Annual returns of the Patna Lunatic Asylum at Bankipore in Bihar and Orissa - 1912-1924
Year: 1912
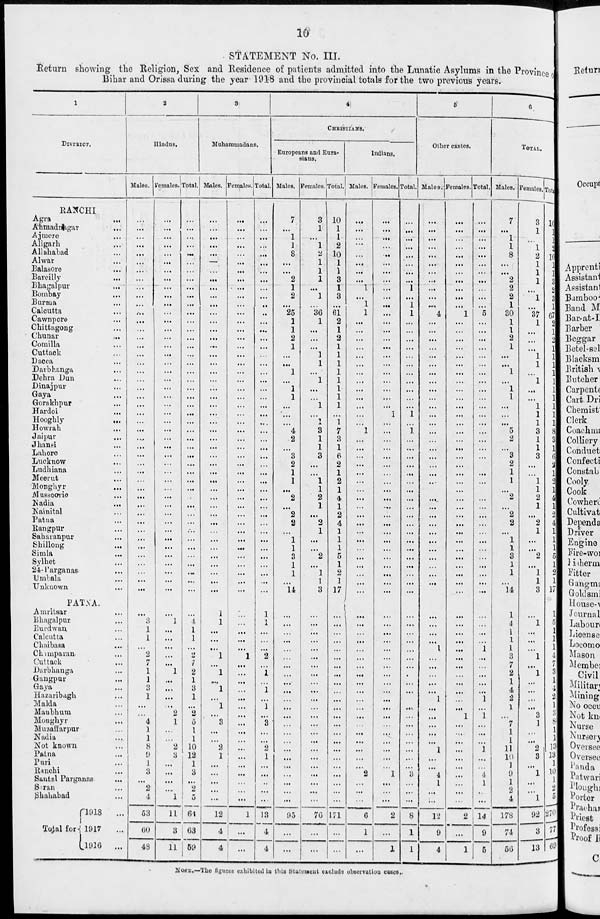
10
STATEMENT No. III.
Return showing the Religion, Sex and Residence of patients admitted into the Lunatic Asylums in the Province of
Bihar and Orissa during the year 1918 and the provincial totals for the two previous years.
1
DISTRICT.
RANCHI
Agra ...
Ahmadnagar
...
Ajmere
...
Aligarh
...
Allahabad ...
Alwar ...
Balasore ...
Bareilly ...
Bhagalpur
...
Bombay
...
Burma ...
Calcutta ...
Cawnpore ...
Chittagong ...
Chunar ...
Comilla ...
Cuttack ...
Dacca ...
Darbhanga ...
Dehra Dun ...
Dinajpur ...
Gaya ...
Gorakhpur ...
Hardoi ...
Hooghly
...
Howrah ...
Jaipur ...
Jhansi ...
Lahore ...
Lucknow ...
Ludhiana ...
Meerut ...
Monghyr ...
Mussoorie ...
Nadia ...
Nainital ...
Patna ...
Rangpur ...
Saharanpur ...
Shillong ...
Simla
...
Sylhet ...
24-Parganas ...
Umbala ...
Unknown ...
PATNA.
Amritsar ...
Bhagalpur ...
Burdwan ...
Calcutta ...
Chaibasa ...
Champaran ...
Cuttack ...
Darbhanga ...
Gangpur ...
Gaya ...
Hazaribagh ...
Malda ...
Manbhum ...
Monghyr ...
Muzaffarpur ...
Nadia ...
Not known ...
Patna ...
Puri ...
Ranchi ...
Santal Parganas ...
Saran ...
Shahabad ...
Total for
1918 ...
1917 ...
1916
...
2
Hindus.
Males.
...
...
...
...
...
...
...
...
...
...
...
...
...
...
...
...
...
...
...
...
...
...
...
...
...
...
...
...
...
...
...
...
...
...
...
...
...
...
...
...
...
...
...
...
...
3
1
1
...
2
7
1
1
3
1
...
...
4
1
1
8
9
1
3
...
2
4
53
60
48
Females.
...
...
...
...
...
...
...
...
...
...
...
...
...
...
...
...
...
...
...
...
...
...
...
...
...
...
...
...
...
...
...
...
...
...
...
...
...
...
...
...
...
...
...
...
...
...
1
...
...
...
...
...
1
...
...
...
...
2
1
...
...
2
3
...
...
...
...
1
11
3
11
Total.
...
...
...
...
...
...
...
...
...
...
...
...
...
...
...
...
...
...
...
...
...
...
...
...
...
...
...
...
...
...
...
...
...
...
...
...
...
...
...
...
...
...
...
...
...
...
4
1
1
...
2
7
2
1
3
1
...
2
5
1
1
10
12
1
3
...
2
5
64
63
59
3
Muhammadans.
Males.
...
...
...
...
...
...
...
...
...
...
...
...
...
...
...
...
...
...
...
...
...
...
...
...
...
...
...
...
...
...
...
...
...
...
...
...
...
...
...
...
...
...
...
...
...
1
1
...
...
...
1
...
1
...
1
...
1
...
3
...
...
2
1
...
...
...
...
...
1 2
4
4
Females.
...
...
...
...
...
...
...
...
...
...
...
...
...
...
...
...
...
...
...
...
...
...
...
...
...
...
...
...
...
...
...
...
...
...
...
...
...
...
...
...
...
...
...
...
...
...
...
...
...
...
1
...
...
...
...
...
...
...
...
...
...
...
...
...
...
...
...
...
1
...
...
Total.
...
...
...
...
...
...
...
...
...
...
...
...
...
...
...
...
...
...
...
...
...
...
...
...
...
...
...
...
...
...
...
...
...
...
...
...
...
...
...
...
...
...
...
...
...
1
1
...
...
...
2
...
1
...
1
...
1
...
3
...
...
2
1
...
...
...
...
...
13
4
4
4
CHRISTIANS.
Europeans and Eura-
sians.
Males.
7
...
1
1
8
...
...
2
1
2
...
25
1
1
2
1
...
...
1
...
1
1
...
...
...
4
2
...
3
2
1
1
...
2
...
2
2
...
1
1
3
1
1
...
14
...
...
...
...
...
...
...
...
...
...
...
...
...
...
...
...
...
...
...
...
...
...
...
95
...
...
Females.
3
1
...
1
2
1
1
1
...
1
...
36
1
...
...
...
1
1
...
1
...
...
1
...
1
3
1
1
3
...
...
1
1
2
1
...
2
1
...
...
2
...
1
1
3
...
...
...
...
...
...
...
...
...
...
...
...
...
...
...
...
...
...
...
...
...
...
...
76
...
...
Total.
10
1
1
2
10
1
1
3
1
3
...
61
2
1
2
1
1
1
1
1
1
1
1
...
1
7
3
1
6
2
1
2
1
4
1
2
4
1
1
1
5
1
2
1
17
...
...
...
...
...
...
...
...
...
...
...
...
...
...
...
...
...
...
...
...
...
...
...
171
...
...
Indians.
Males.
...
...
...
...
...
...
...
...
1
...
1
1
...
...
...
...
...
...
...
...
...
...
...
...
1
...
...
...
...
...
...
...
...
...
...
...
...
...
...
...
...
...
...
...
...
...
...
...
...
...
...
...
...
...
...
...
...
...
...
...
...
...
...
2
...
...
...
6
1
...
Females.
...
...
...
...
...
...
...
...
...
...
...
...
...
...
...
...
...
...
...
...
...
...
...
1
...
...
...
...
...
...
...
...
...
...
...
...
...
...
...
...
...
...
...
...
...
...
...
...
...
...
...
...
...
...
...
...
...
...
...
...
...
...
...
...
1
...
...
...
2
...
1
Total.
...
...
...
...
...
...
...
...
1
...
1
1
...
...
...
...
...
...
...
...
...
...
...
1
1
...
...
...
...
...
...
...
...
...
...
...
...
...
...
...
...
...
...
...
...
...
...
...
...
...
...
...
...
...
...
...
...
...
...
...
...
...
...
3
...
...
...
8
1
1
5
Other castes.
Males.
...
...
...
...
...
...
...
...
...
...
...
4
...
...
...
...
...
...
...
...
...
...
...
...
...
...
...
...
...
...
...
...
...
...
...
...
...
...
...
...
...
...
...
...
...
...
...
...
...
1
...
...
...
...
...
1
...
...
...
...
...
1
...
...
4
1
...
...
12
9
4
Females.
...
...
...
...
...
...
...
...
...
...
...
1
...
...
...
...
...
...
...
...
...
...
...
...
...
...
...
...
...
...
...
...
...
...
...
...
...
...
...
...
...
...
...
...
...
...
...
...
...
...
...
...
...
...
...
...
...
1
...
...
...
...
...
...
...
...
...
...
2
...
1
Total.
...
...
...
...
...
...
...
...
...
...
...
5
...
...
...
...
...
...
...
...
...
...
...
...
...
...
...
...
...
...
...
...
...
...
...
...
...
...
...
...
...
...
...
...
...
...
...
...
...
1
...
...
...
...
...
1
...
1
...
...
...
1
...
...
4
1
...
...
14
9
5
6
TOTAL.
Males.
7
...
1
1
8
...
...
2
2
2
1
30
1
1
2
1
...
...
1
...
1
1
...
...
...
5
2
...
3
2
1
1
...
2
...
2
2
...
1
1
3
1
1
...
14
1
4
1
1
1
3
7
2
1
4
2
1
...
7
1
1
11
10
1
9
1
2
4
178
74
56
Females.
3
1
...
...
2
1
1
1
...
1
...
37
1
...
...
...
1
1
...
1
...
...
1
1
1
3
1
1
3
...
...
1
1
2
1
...
2
1
...
...
2
...
1
1
3
...
1
...
...
...
1
...
1
...
...
...
...
3
1
...
...
2
3
...
1
...
...
1
92
3
13
Total.
10
1
1
2
10
1
1
3
2
3
1
67
2
1
2
1
1
1
1
1
1
1
1
1
1
8
3
1
6
2
1
2
1
4
1
2
4
1
1
1
5
1
2
1
17
1
5
1
1
1
4
7
3
1
4
2
1
3
8
1
1
13
13
1
10
1
2
5
270
77
69
NOTE.—The figures exhibited in this Statement exclude observation cases.